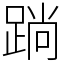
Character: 䠀